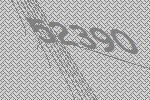
52390